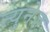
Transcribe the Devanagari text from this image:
न्युनेज़